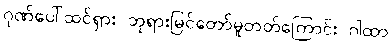
ဂုဏ်ပေါ်ထင်ရှား ဘုရားမြင်တော်မူတတ်ကြောင်း ဂါထာ